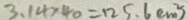
3 . 1 4 \times 4 0 = 1 2 5 . 6 ( c m ^ { 2 } )